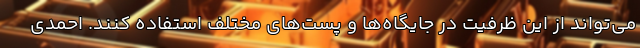
می‌تواند از این ظرفیت در جایگاه‌ها و پست‌های مختلف استفاده کنند. احمدی